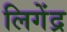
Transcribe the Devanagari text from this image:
लिगेंद्र